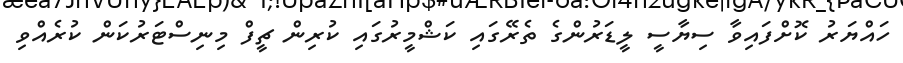
ހައްޔަރު ކޮށްފައިވާ ސިޔާސީ ލީޑަރުންގެ ތެރޭގައި ކަޝްމީރުގައި ކުރިން ޗީފް މިނިސްޓަރުކަން ކުރެއްވި